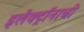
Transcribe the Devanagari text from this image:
इलेक्ट्रॉनाची